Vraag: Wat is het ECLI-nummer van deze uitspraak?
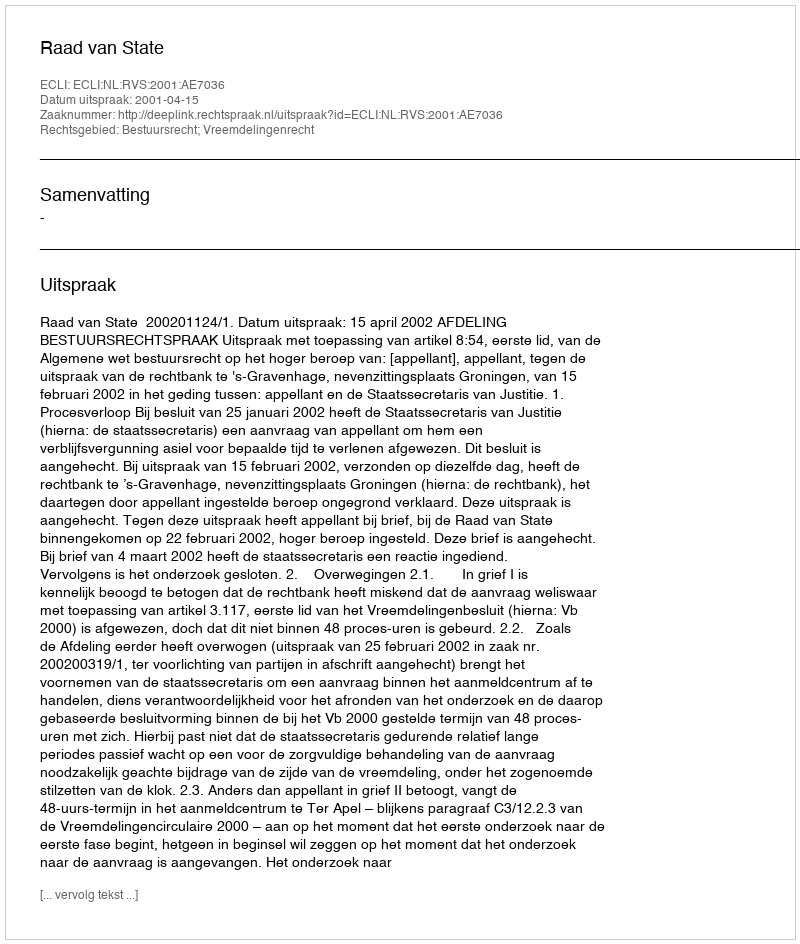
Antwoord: ECLI:NL:RVS:2001:AE7036